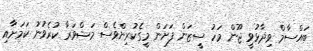
ބައްސާމް ވިދާޅުވީ ޖޫން މަހު ސީޒަން ފަށަން މީގެކުރިންވެސް މަޝްވަރާ ކުރެވުނު ކަމަށާއި